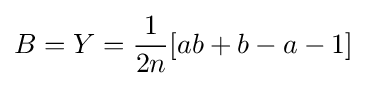
B=Y={1 \over 2n}[ab+b-a-1]